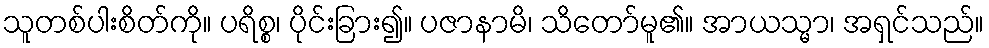
သူတစ်ပါးစိတ်ကို။ ပရိစ္စ၊ ပိုင်းခြား၍။ ပဇာနာမိ၊ သိတော်မူ၏။ အာယသ္မာ၊ အရှင်သည်။